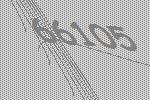
66105